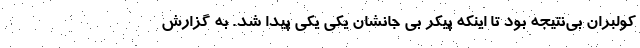
كولبران بي‌نتيجه بود تا اینکه پیکر بی جانشان یکی یکی پیدا شد. به گزارش